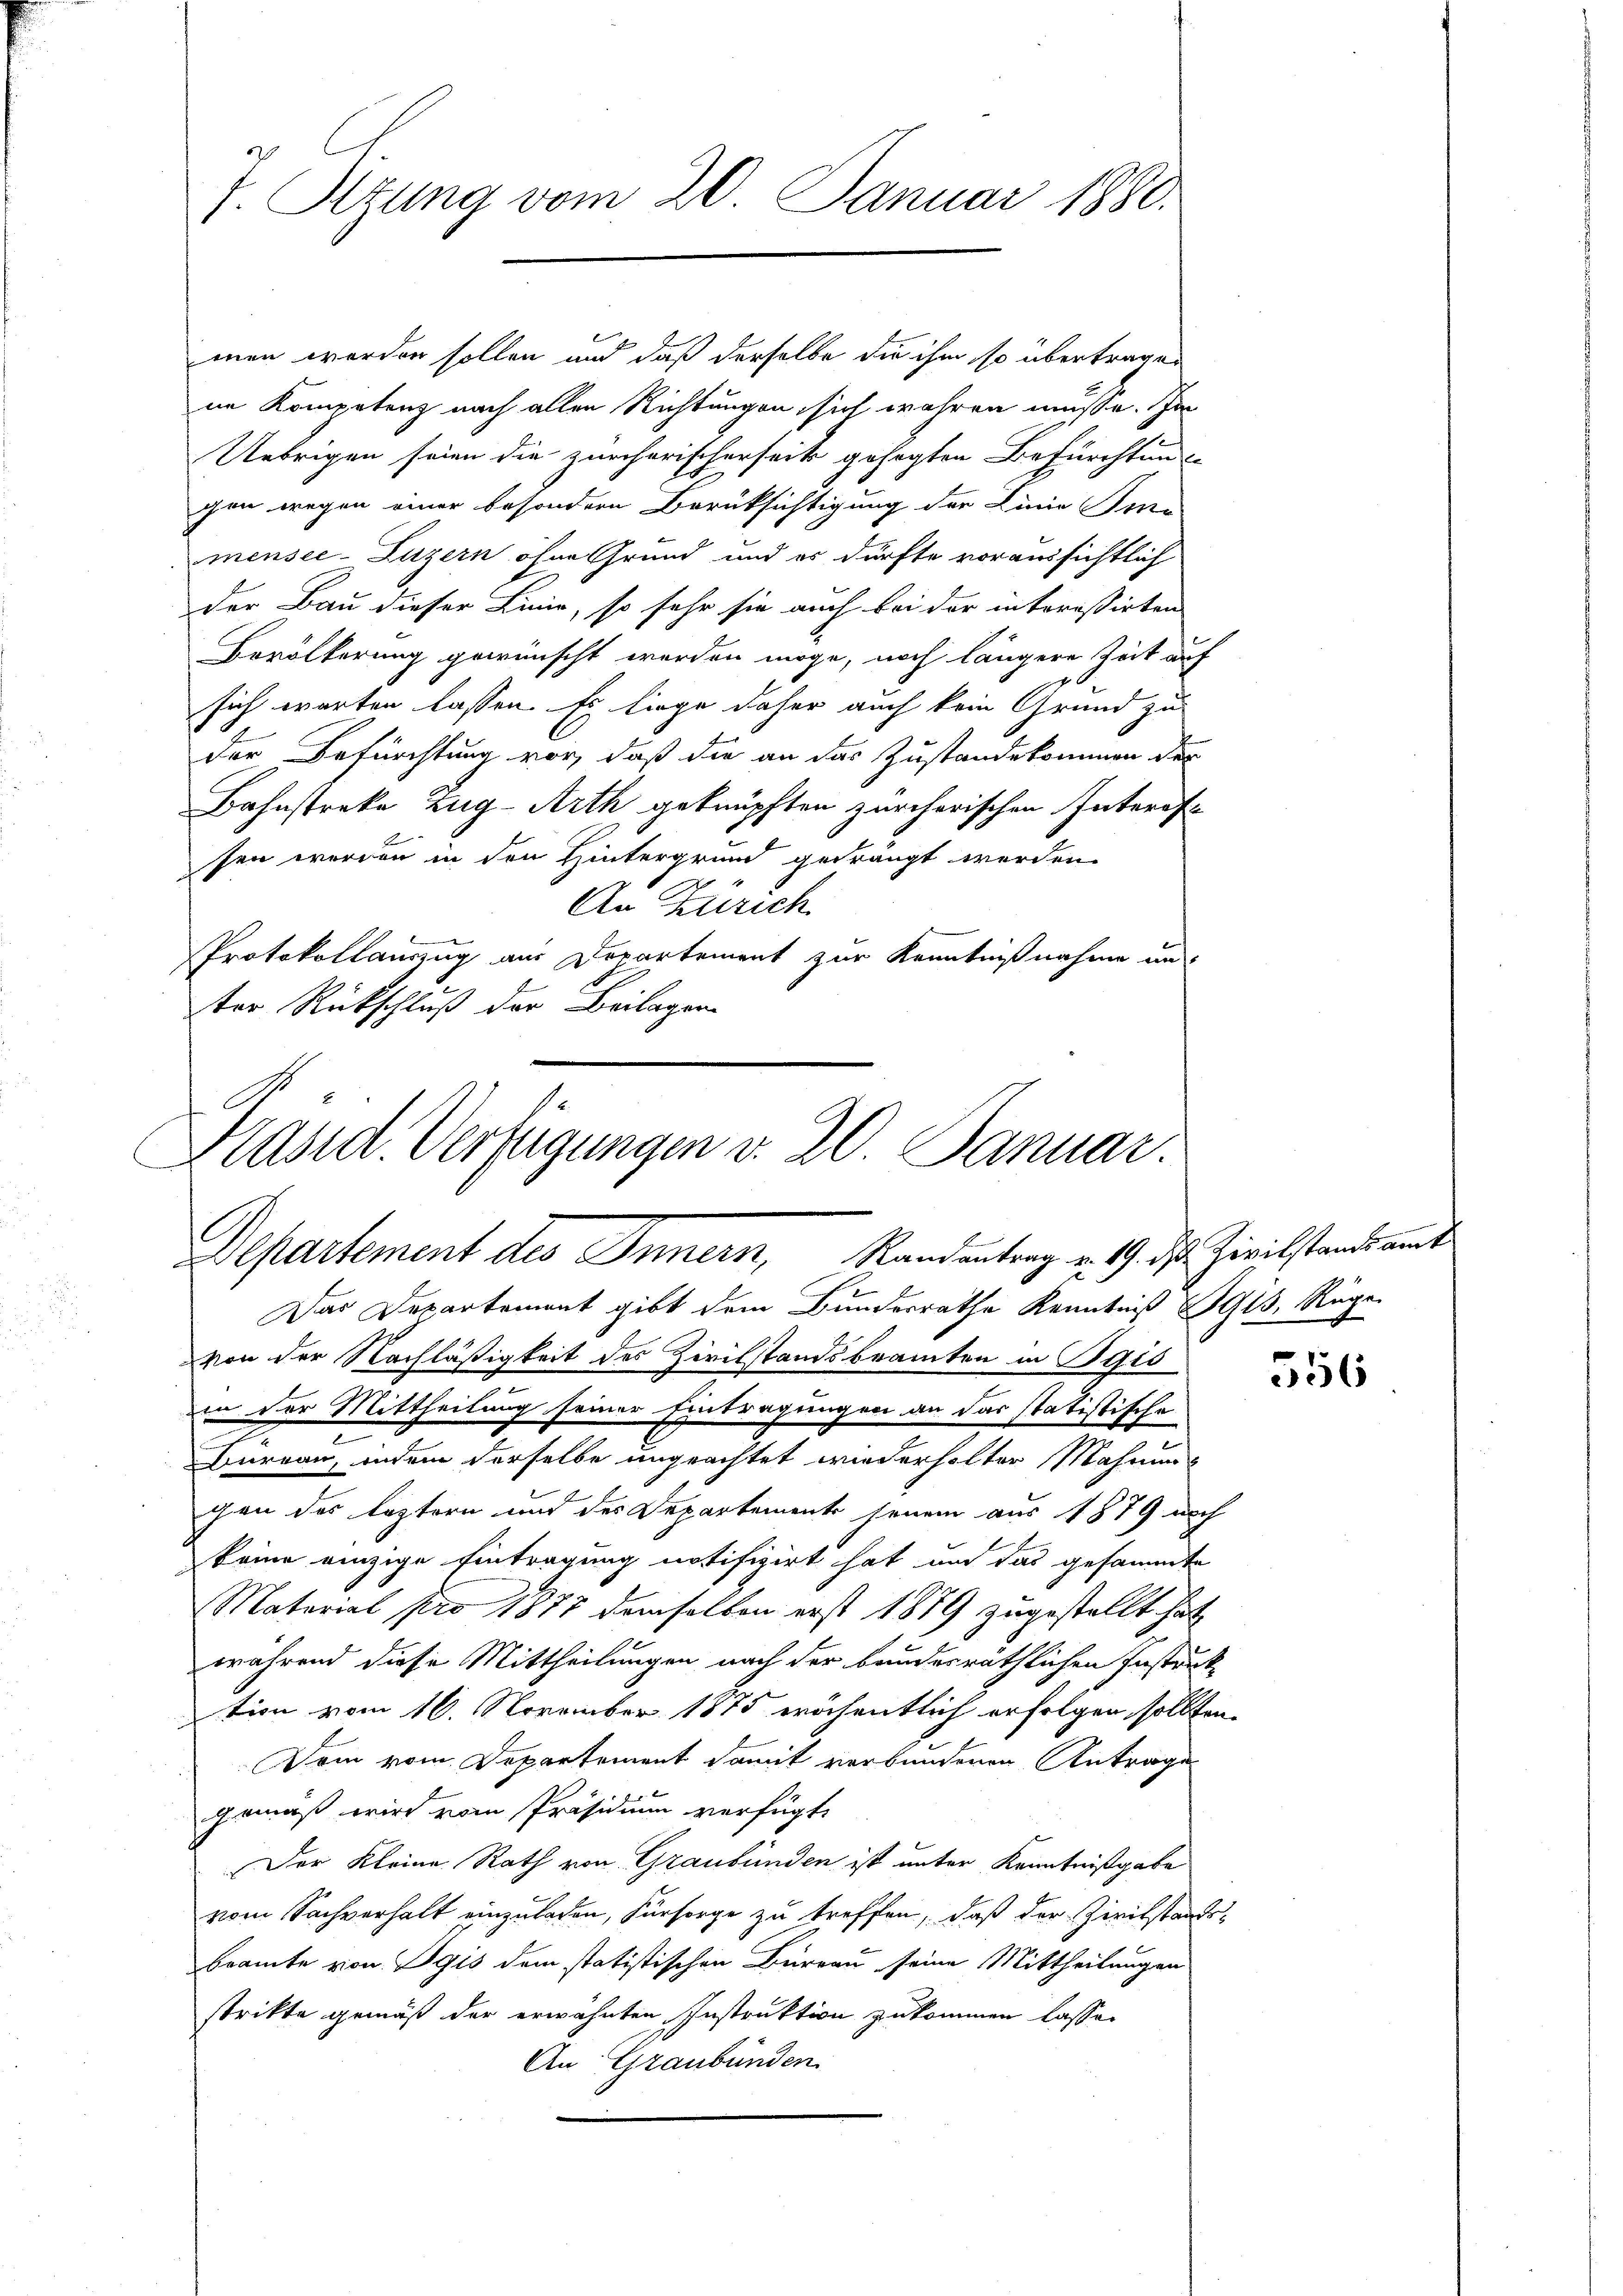
7. Sitzung vom 20. Januar 1880.

men werden sollen und daß derselbe die ihm so übertragen
ie Kompetenz nach allen Richtungen sich wahren müsse. Im
Uebrigen seien die zürcherischerseit gesagten Befürchtung
chen wegen einer besondern Berüksichtigung der Linie mi
mensee-Luzern ohne Grund und es dürfte voraussichtlich
der Bau dieser Linie, so sehr sie auch bei der interessirten
Bevölkerung gewünscht werden möge, noch längere Zeit auf
sich warten lassen. Es liege daher auch kein Grund zu
Der Befürchtung vor, daß die an das Zustandekommen der
Bahnstreke Zug-Arth geknüpften zürcherischen Interes
sen werden in den Hintergrund gedrängt werden.
An Zürich
Protokollauszug aus Departement zur Kenntnißnahme un
ter Rückschluß der Beilagen

Präsid. Verfügungen v. 20. Januar.
Departement des Innern, Randantrag v. 19. ds. Zivilstandsamt
Das Departement gibt dem Bunderrathe Kenntniß bis, Rege

von der Nachläßigkeit des Zivilstandsbeamten in Bris
in der Mittheilung seiner Eintragungen an das statistische
Bureau, indem derselbe ungeachtet wiederholten Mahnung
gen des leztern und der Departements seinem aus 1879 noch
keine einzige Eintragung notifizirt hat und das gesammte
Matorial pro 1877 denselben erst 1879 zugestellt hat
während diese Mittheilungen nach der bandesräthlichen Instruk-
tion vom 16. November 1875 wöchentlich erfolgen sollten.
Dem vom Departement damit verbundenen Antrage
gemäß wird vom Präsidium verfügt,
Der Kleine Rath von Graubünden ist unter Kenntnißgabe
vom Sachverhalt einzuladen, Fürsorge zu treffen, daß der Zivilstands-
bramte von Egis dem statistischen Büreau seine Mittheilungen
strikte gemäß der erwähnten Instruktion zukommen lasse.
An Graubünden.

356